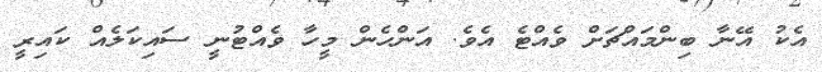
އެކު އޭނާ ބިންމައްޗަށް ވެއްޓެ އެވެ. އަންހެން މީހާ ވެއްޓުނީ ސައިކަލެއް ކައިރީ